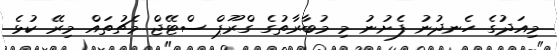
މިއަދުގެ ހެނދުނު ފެށުނު މި މުބާރާތުގެ ގްރޫޕް ސްޓޭޖް މެޗުތައް މިރޭ ކުޅެ